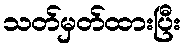
သတ်မှတ်ထားပြီး